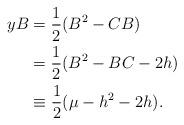
LaTeX: \begin{align*} yB&=\frac{1}{2}(B^{2}-CB)\\&=\frac{1}{2}(B^{2}-BC-2h)\\&\equiv \frac{1}{2}(\mu-{h}^{2}-2{h}).\end{align*}